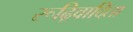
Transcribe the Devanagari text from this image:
रूढ्रिवादिता